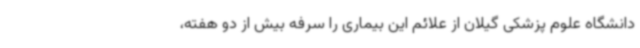
دانشگاه علوم پزشکی گیلان از علائم این بیماری را سرفه بیش از دو هفته،